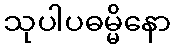
သုပါပဓမ္မိနော